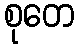
စုတေ